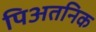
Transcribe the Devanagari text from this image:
पिअतनिक